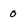
Character: 0